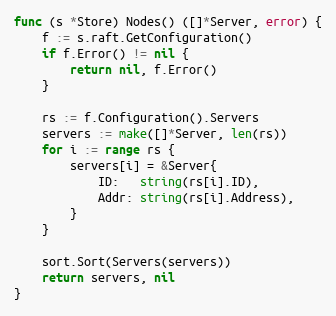
Language: Go
func (s *Store) Nodes() ([]*Server, error) {
	f := s.raft.GetConfiguration()
	if f.Error() != nil {
		return nil, f.Error()
	}

	rs := f.Configuration().Servers
	servers := make([]*Server, len(rs))
	for i := range rs {
		servers[i] = &Server{
			ID:   string(rs[i].ID),
			Addr: string(rs[i].Address),
		}
	}

	sort.Sort(Servers(servers))
	return servers, nil
}